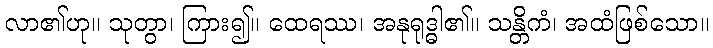
လာ၏ဟု။ သုတွာ၊ ကြား၍။ ထေရဿ၊ အနုရုဒ္ဓါ၏။ သန္တိကံ၊ အထံဖြစ်သော။